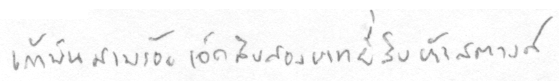
เก้าพันสามร้อยเจ็ดสิบสองบาทยี่สิบห้าสตางค์